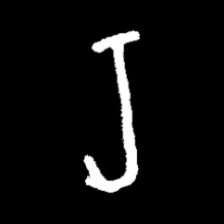
Pyu character \u2014 Myanmar letter: ရ (romanized: ra)